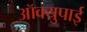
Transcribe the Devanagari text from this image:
ऑक्युपाई